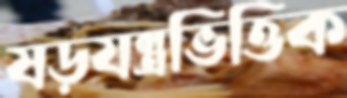
ষড়যন্ত্রভিত্তিক